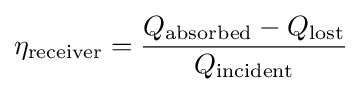
\eta _{\mathrm {receiver} }={\frac {Q_{\mathrm {absorbed} }-Q_{\mathrm {lost} }}{Q_{\mathrm {incident} }}}